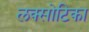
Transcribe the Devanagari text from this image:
लक्सोटिका